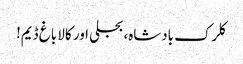
کلرک بادشاہ، بجلی اور کالا باغ ڈیم!